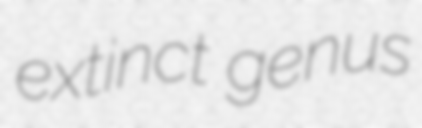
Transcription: extinct genus